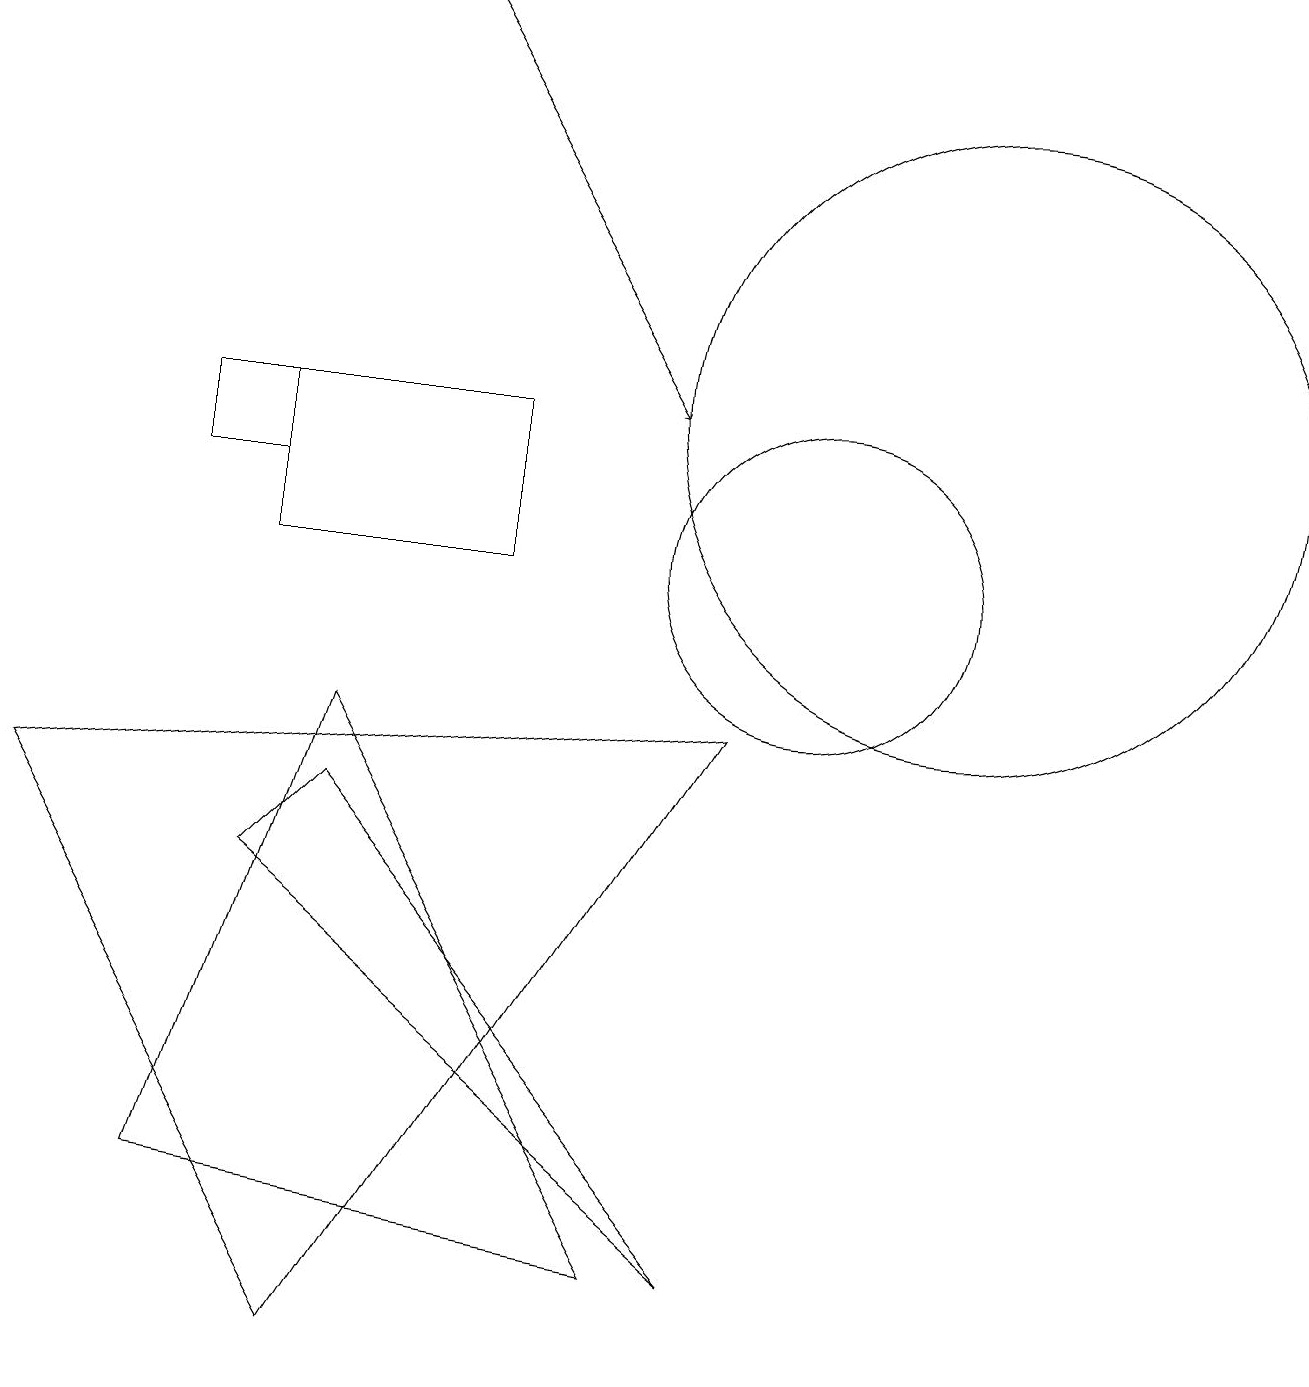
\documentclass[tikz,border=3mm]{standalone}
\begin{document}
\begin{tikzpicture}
\draw (10,10) circle (2);
\draw (9,8) -- (4,0) -- (0,7) -- cycle;
\draw (12,12) circle (4);
\draw[->] (5,17) -- (8,12);
\draw (3,10) rectangle (6,12);
\draw (3,6) -- (9,1) -- (4,7) -- cycle;
\draw (8,1) -- (4,8) -- (2,2) -- cycle;
\draw (2,11) rectangle (3,12);
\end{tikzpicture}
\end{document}